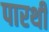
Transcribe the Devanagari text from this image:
पारथी